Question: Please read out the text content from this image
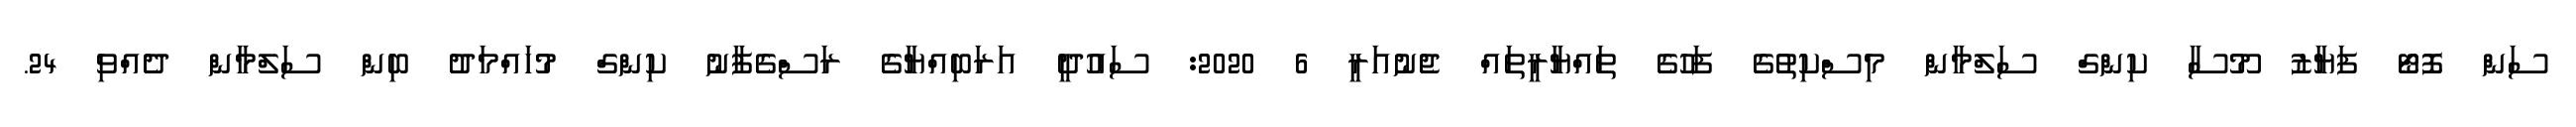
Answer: ސަން ފޮޓޯ ފަޔާޒު މޫސާ ކިންގް ސަލްމާން މިސްކިތުގެ ފަހުގެ ތައްޔާރީތައް ޖެނުއަރީ 6 2020: ސައުދީ އަރަބިއްޔާގެ ރަސްގެފާނު ކިންގް މުހައްމަދު ބިން ސަލްމާން ދެއްވި 24.